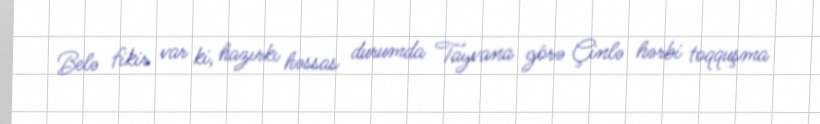
Belə fikir var ki, hazırkı həssas durumda Tayvana görə Çinlə hərbi toqquşma